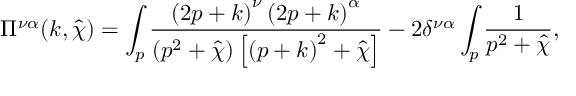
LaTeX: \Pi ^ { \nu \alpha } ( k , \hat { \chi } ) = \int _ { p } \frac { \left( 2 p + k \right) ^ { \nu } \left( 2 p + k \right) ^ { \alpha } } { \left( p ^ { 2 } + \hat { \chi } \right) \left[ \left( p + k \right) ^ { 2 } + \hat { \chi } \right] } - 2 \delta ^ { \nu \alpha } \int _ { p } \frac { 1 } { p ^ { 2 } + \hat { \chi } } ,